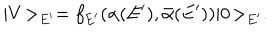
| V \! > _ { E ^ { \prime } } = f _ { E ^ { \prime } } ( \alpha ( E ^ { \prime } ) , \bar { \alpha } ( E ^ { \prime } ) ) | 0 \! > _ { E ^ { \prime } } .